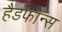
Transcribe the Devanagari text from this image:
हैडफोन्स